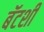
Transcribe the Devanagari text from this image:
बॅटशी